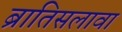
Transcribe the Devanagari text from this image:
ब्रातिसलावा